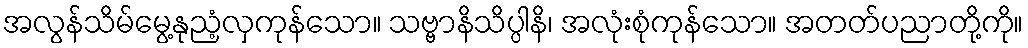
အလွန်သိမ်မွေ့နုညံ့လှကုန်သော။ သဗ္ဗာနိသိပ္ပါနိ၊ အလုံးစုံကုန်သော။ အတတ်ပညာတို့ကို။